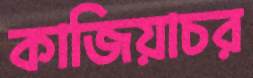
কাজিয়াচর